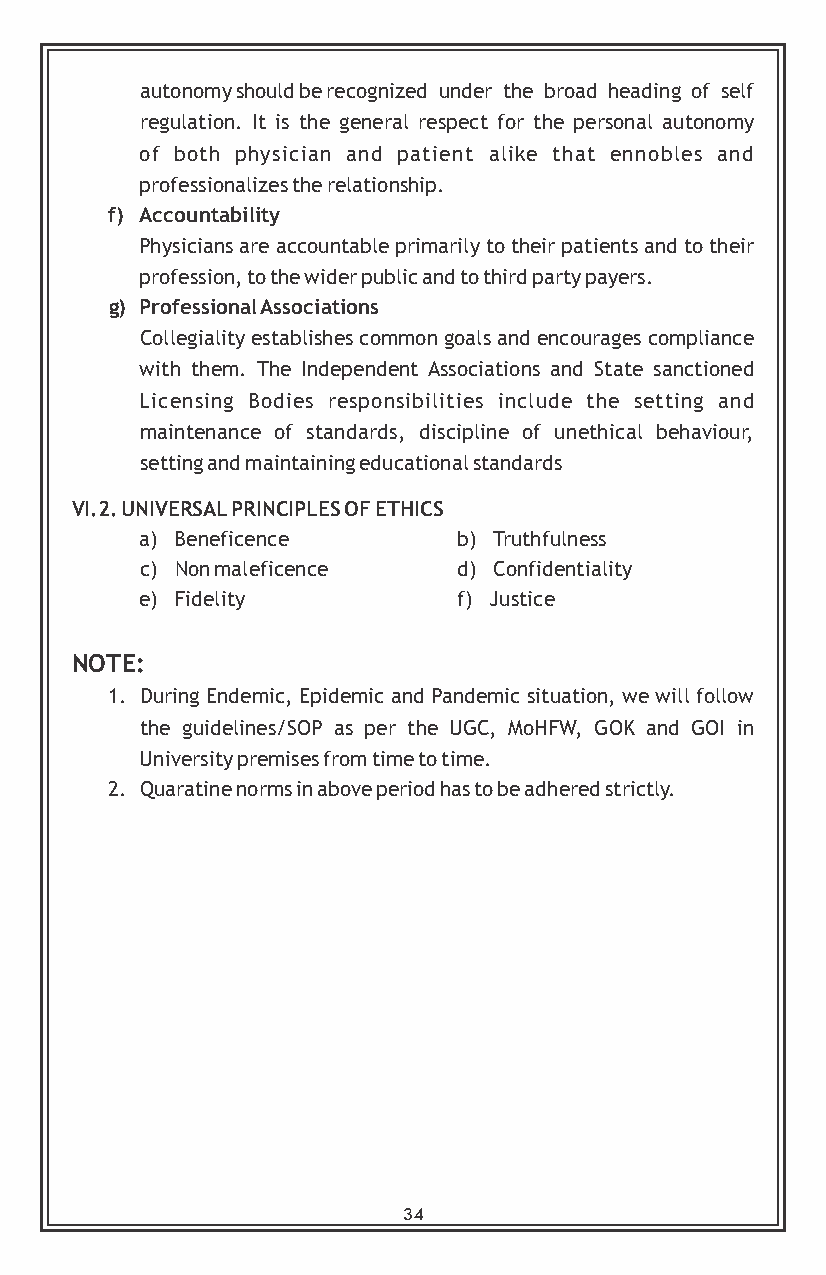
autonomy should be recognized under the broad heading of self
 regulation. It is the general respect for the personal autonomy
 of both physician and patient alike that ennobles and
 professionalizes the relationship.
 f) Accountability
 Physicians are accountable primarily to their patients and to their
 profession, to the wider public and to third party payers.
 g) Professional Associations
 Collegiality establishes common goals and encourages compliance
 with them. The Independent Associations and State sanctioned
 Licensing Bodies responsibilities include the setting and
 maintenance of standards, discipline of unethical behaviour,
 setting and maintaining educational standards
 VI.2. UNIVERSAL PRINCIPLES OF ETHICS
 a) Beneficence       b) Truthfulness
 c) Non maleficence   d) Confidentiality
 e) Fidelity          f) Justice
 NOTE:
 1. During Endemic, Epidemic and Pandemic situation, we will follow
 the guidelines/SOP as per the UGC, MoHFW, GOK and GOI in
 University premises from time to time.
 2. Quaratine norms in above period has to be adhered strictly.
 34